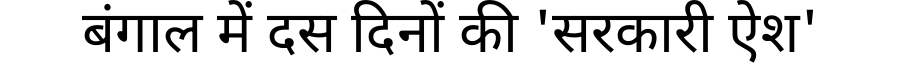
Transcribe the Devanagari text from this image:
बंगाल में दस दिनों की 'सरकारी ऐश'